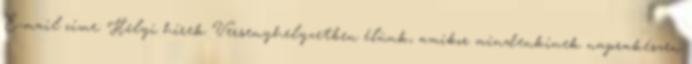
E-mail címe: Helyi hírek Versenyhelyzetben élünk, amikor mindenkinek naprakészen